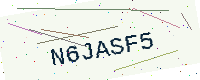
Text: N6JASF5